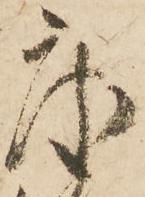
度